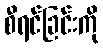
စီရင်ခြင်းကို